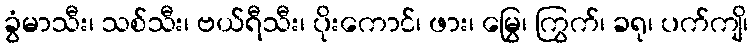
ခွံမာသီး၊ သစ်သီး၊ ဗယ်ရီသီး၊ ပိုးကောင်၊ ဖား၊ မြွေ၊ ကြွက်၊ ခရု၊ ပက်ကျိ၊